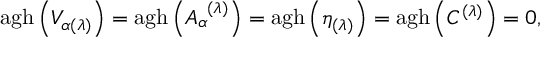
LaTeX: \mathrm { a g h } \left( V _ { \alpha ( \lambda ) } \right) = \mathrm { a g h } \left( A _ { \alpha } ^ { \; \; ( \lambda ) } \right) = \mathrm { a g h } \left( \eta _ { ( \lambda ) } \right) = \mathrm { a g h } \left( C ^ { ( \lambda ) } \right) = 0 ,